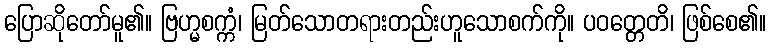
ပြောဆိုတော်မူ၏။ ဗြဟ္မစက္ကံ၊ မြတ်သောတရားတည်းဟူသောစက်ကို။ ပဝတ္တေတိ၊ ဖြစ်စေ၏။